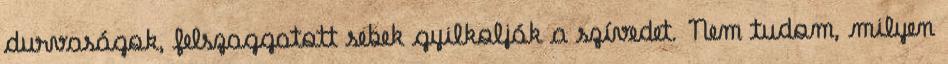
durvaságok, felszaggatott sebek gyilkolják a szívedet. Nem tudom, milyen